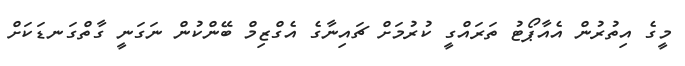
މީގެ އިތުރުން އެއާޕޯޓު ތަރައްގީ ކުރުމަށް ޗައިނާގެ އެގްޒިމް ބޭންކުން ނަގަނީ ގާތްގަނޑަކަށް